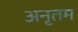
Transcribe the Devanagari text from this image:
अनृतम